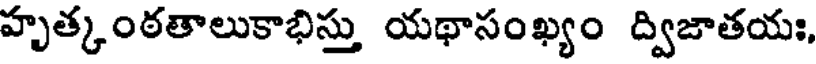
హృత్కంఠతాలుకాభిస్తు యథాసంఖ్యం ద్విజాతయః,